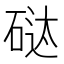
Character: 𱴍